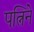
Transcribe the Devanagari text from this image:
पत्निने